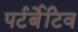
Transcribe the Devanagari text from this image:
पर्टर्बेटिव